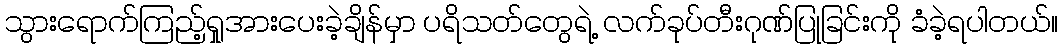
သွားရောက်ကြည့်ရှုအားပေးခဲ့ချိန်မှာ ပရိသတ်တွေရဲ့ လက်ခုပ်တီးဂုဏ်ပြုခြင်းကို ခံခဲ့ရပါတယ်။